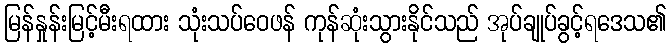
မြန်နှုန်းမြင့်မီးရထား သုံးသပ်ဝေဖန် ကုန်ဆုံးသွားနိုင်သည် အုပ်ချုပ်ခွင့်ရဒေသ၏